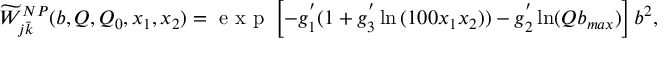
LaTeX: \widetilde { W } _ { j \bar { k } } ^ { N P } ( b , Q , Q _ { 0 } , x _ { 1 } , x _ { 2 } ) = { \textrm { e x p } } \left[ - g _ { 1 } ^ { ' } ( 1 + g _ { 3 } ^ { ' } \ln { ( 1 0 0 x _ { 1 } x _ { 2 } ) } ) - g _ { 2 } ^ { ' } \ln ( Q b _ { m a x } ) \right] b ^ { 2 } ,